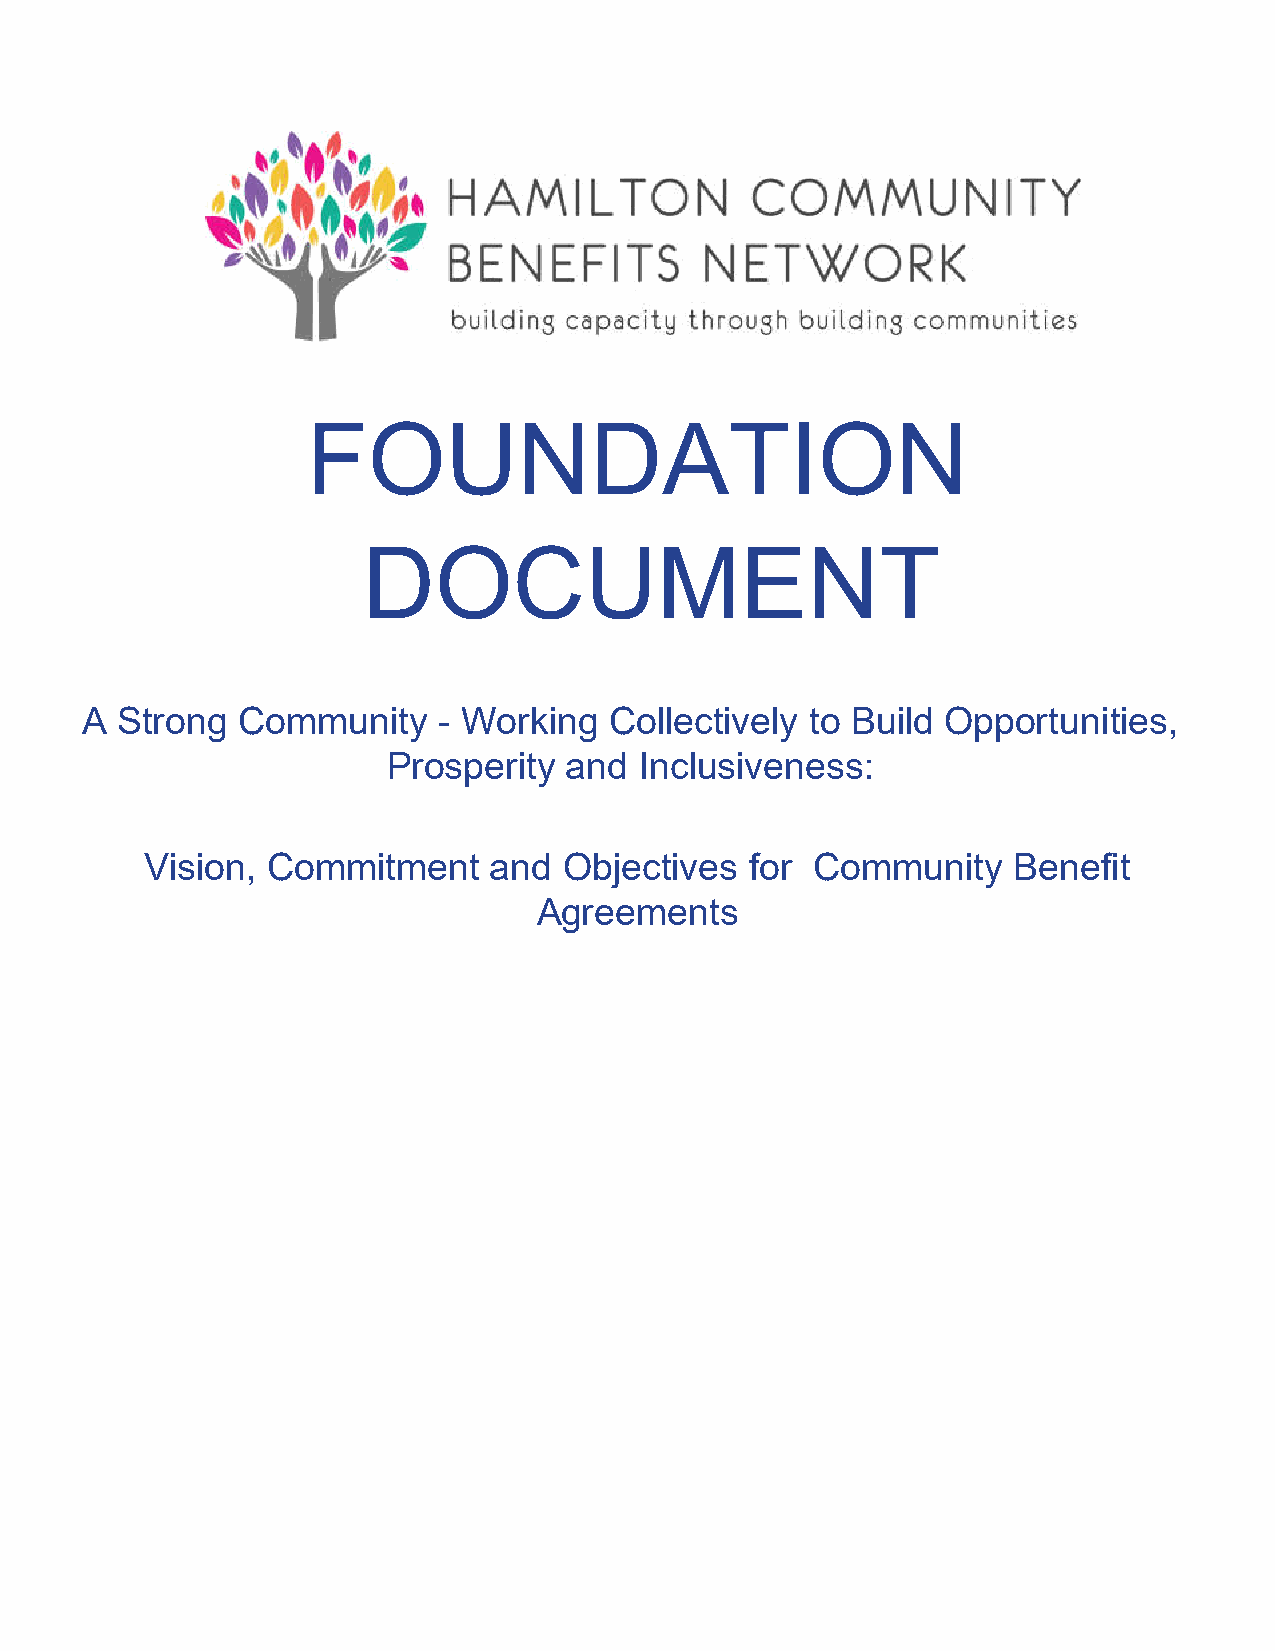
FOUNDATION
 DOCUMENT
 A  Strong  Community    - Working  Collectively  to Build Opportunities,
 Prosperity and  Inclusiveness:
 Vision, Commitment    and  Objectives   for Community    Benefit
 Agreements